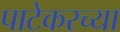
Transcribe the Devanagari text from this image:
पाटेकरच्या